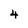
Character: 4